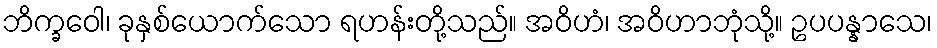
ဘိက္ခဝေါ၊ ခုနှစ်ယောက်သော ရဟန်းတို့သည်။ အဝိဟံ၊ အဝိဟာဘုံသို့။ ဥပပန္နာသေ၊